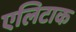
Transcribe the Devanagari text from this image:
एलिटाक